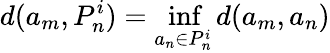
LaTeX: d(a_{m},P_{n}^{i})=\operatorname*{inf}_{a_{n}\in P_{n}^{i}}d(a_{m},a_{n})